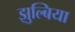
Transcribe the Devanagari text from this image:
झुल्बिया